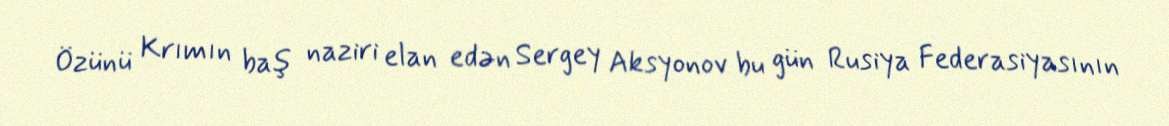
Özünü Krımın baş naziri elan edən Sergey Aksyonov bu gün Rusiya Federasiyasının